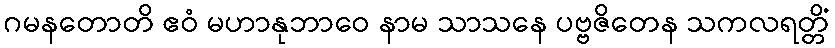
ဂမနတောတိ ဧဝံ မဟာနုဘာဝေ နာမ သာသနေ ပဗ္ဗဇိတေန သကလရတ္တိံ